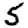
Digit: 5